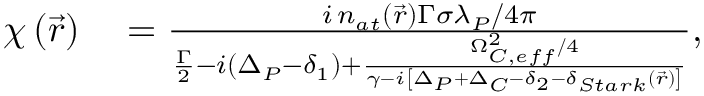
\begin{array} { r l } { \chi \left( \vec { r } \right) } & { { } = \frac { i \, n _ { a t } \left( \vec { r } \right) \Gamma \sigma \lambda _ { P } / 4 \pi } { \frac { \Gamma } { 2 } - i ( \Delta _ { P } - \delta _ { 1 } ) + \frac { \Omega _ { C , e f f } ^ { 2 } / 4 } { \gamma - i \left[ \Delta _ { P } + \Delta _ { C } - \delta _ { 2 } - \delta _ { S t a r k } \left( \vec { r } \right) \right] } } , } \end{array}